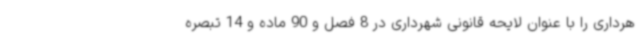
هرداری را با عنوان لایحه قانونی شهرداری در 8 فصل و 90 ماده و 14 تبصره